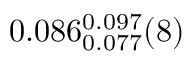
0 . 0 8 6 _ { 0 . 0 7 7 } ^ { 0 . 0 9 7 } ( 8 )